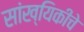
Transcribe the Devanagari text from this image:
सांख्यिकीचे